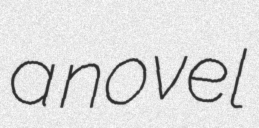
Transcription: a novel